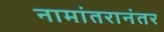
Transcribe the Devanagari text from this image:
नामांतरानंतर